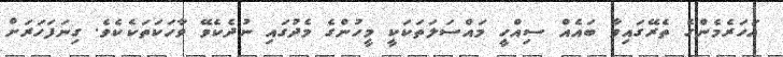
އަހަރެމެންގެ ތެރޭގައިވާ ބައެއް ސިއްހީ މައްސަލަތަކަކީ މީހުންގެ މެދުގައި ނުދެކެވޭ ވާހަކަތަކެކެވެ. ގިނަފަހަރަށް